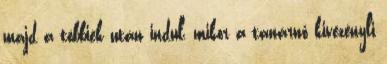
majd a többiek után indul, mikor a tanárnő kivezényli